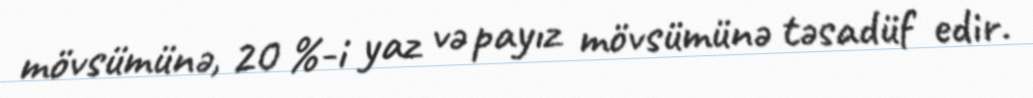
mövsümünə, 20 %-i yaz və payız mövsümünə təsadüf edir.